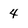
Character: 4